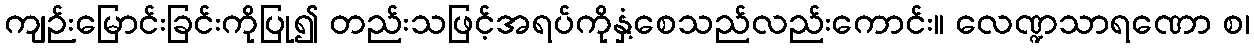
ကျဉ်းမြောင်းခြင်းကိုပြု၍ တည်းသဖြင့်အရပ်ကိုနှံ့စေသည်လည်းကောင်း။ လေဏ္ဍသာရဏော စ၊